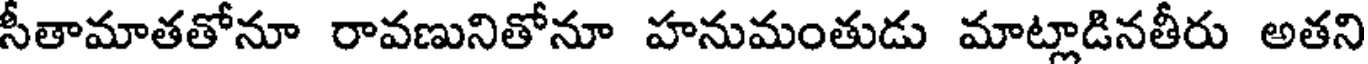
సీతామాతతోనూ రావణునితోనూ హనుమంతుడు మాట్లాడినతీరు అతని